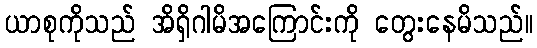
ယာစုကိုသည် အိရှိဂါမိအကြောင်းကို တွေးနေမိသည်။